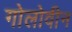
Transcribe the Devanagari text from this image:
गोलोवीन